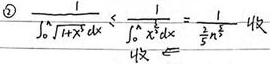
\[
2\ \frac{1}{\int_{0}^{n}\sqrt{1 + x^{4}}dx}\leq\frac{1}{\int_{1}^{n}x^{2}dx}=\frac{1}{\frac{1}{3}n^{3}- \frac{1}{3}} \text{ 收敛。}
\]